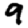
Digit: 9